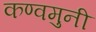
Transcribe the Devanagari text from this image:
कण्वमुनी